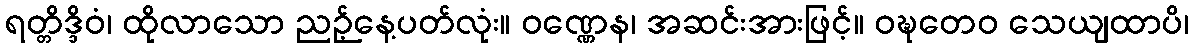
ရတ္တိဒ္ဒိဝံ၊ ထိုလာသော ညဉ့်နေ့ပတ်လုံး။ ဝဏ္ဏေန၊ အဆင်းအားဖြင့်။ ဝဍ္ဎတေဝ သေယျထာပိ၊